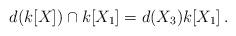
LaTeX: \begin{align*}d(k[X])\cap k[X_{1}] = d(X_{3})k[X_{1}]\,.\end{align*}